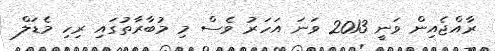
ރާއްޖެއިން ވަނީ 2013 ވަނަ އަހަރު ވެސް މި މުބާރާތުގައި ރިހި މެޑަލް